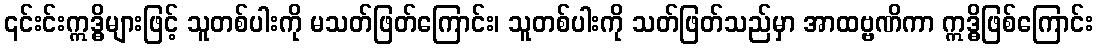
၎င်းင်းဣဒ္ဓိများဖြင့် သူတစ်ပါးကို မသတ်ဖြတ်ကြောင်း၊ သူတစ်ပါးကို သတ်ဖြတ်သည်မှာ အာထဗ္ဗဏိကာ ဣဒ္ဓိဖြစ်ကြောင်း